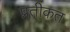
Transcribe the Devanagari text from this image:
प्रतीकत